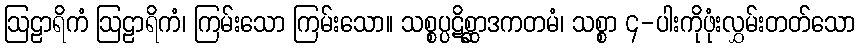
ဩဠာရိကံ ဩဠာရိကံ၊ ကြမ်းသော ကြမ်းသော။ သစ္စပ္ပဋိစ္ဆာဒကတမံ၊ သစ္စာ ၄-ပါးကိုဖုံးလွှမ်းတတ်သော